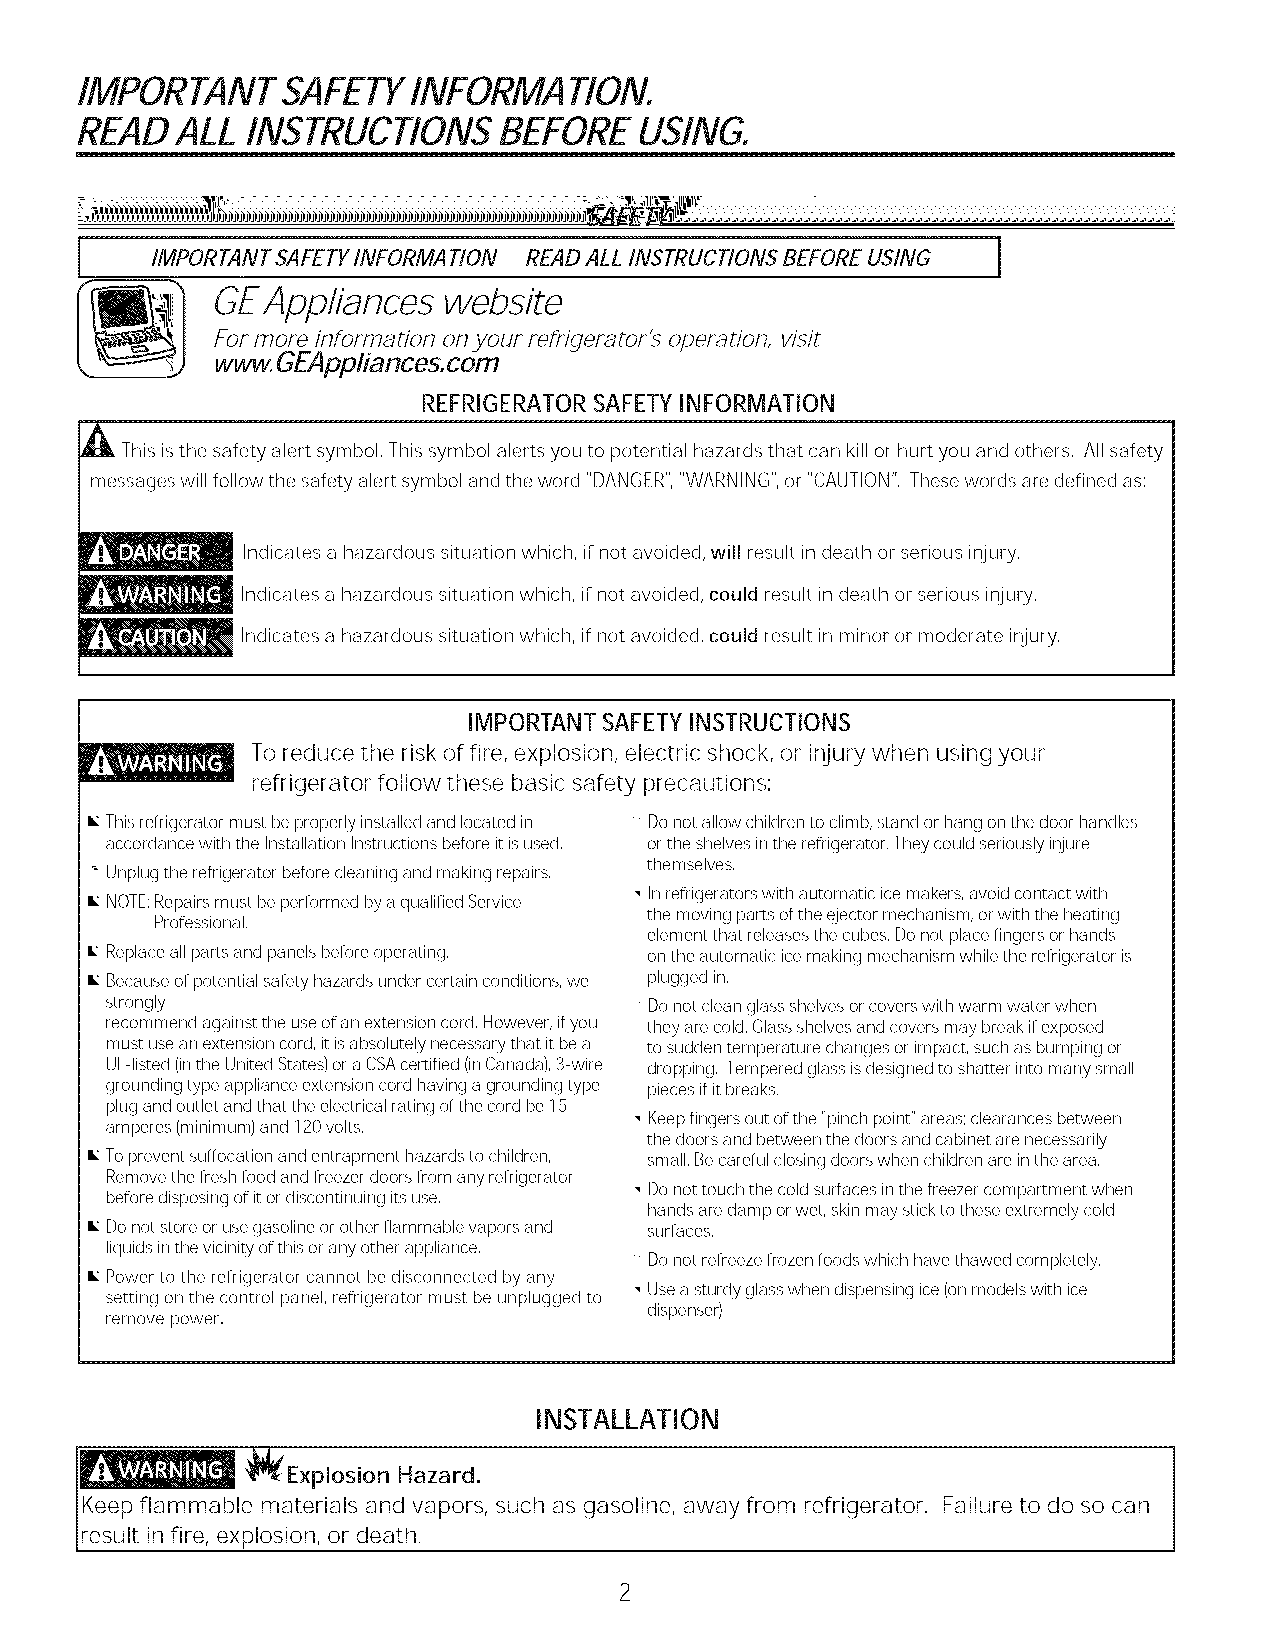
IMPORTANT     SAFETYINFORMATION.
 READALL    INSTRUCTIONSBEFOREUSING.
 1
 l    IMPORTANT SAFETYINFORMATION READ ALL INSTRUCTIONS BEFORE USING
 FGorEmAorpepilnifaornmactieons owneyobursitreefrigerator's operation, visit
 ........www,GEAppliances. corn
 REFRIGERATOR SAFETYINFORMATION
 _This isthe safety alert symbol, This symbol alerts you to potential hazards that can kill or hurt you and others, All safety
 messages will follow the safety alert symbol and the word "DANGER","WARNING",or "CAUTION", These words are defined as;
 Indicates a hazardous situation which, if not avoided, will result indeath or serious injury,
 Indicates a hazardous situation which, if not avoided, could result indeath or serious injury,
 Indicates a hazardous situation which, if not avoided, could result in minor or moderate injury,
 IMPORTANT SAFETY INSTRUCTIONS
 To reduce the risk of fire, explosion, electric shock, or injury when using your
 refrigerator follow these basic safety precautions:
 This refrigerator must be properly installed and located in Do not allow children to climb, stand or hang on the door handles
 accordance with the Installation Instructions before itisused, orthe shelves inthe refrigerator. They could seriously ir)jure
 themselves.
 Unplug the refrigerator before cleaning and making repairs,
 Inrefrigerators with automatic ice makers, avoid contact with
 NOTE;Repairs must be performed bya qualified Service
 Professional,                    the moving parts of the ejector mechanism, or with the heating
 element that releases the cubes, Do not place fingers orhands
 Replace all parts and panels before operating, on the automatic ice making mechanism while the refrigerator is
 Because of potential safety hazards under certain conditions, we plugged in,
 strongly                            Do not clean glass shelves orcovers with warm water when
 recommend against the useof an extension cord, However, ifyou they are cold, Glass shelves and covers may break ifexposed
 must use an extension cord, itisabsolutely necessary that itbe a to sudden temperature changes or impact, such as bumping or
 UL-listed (inthe United States) or a CSAcertified (inCanada), 3-wire dropping, Tempered glass isdesigned to shatter into many small
 grounding type appliance extension cord having a grounding type pieces ifitbreaks,
 plug and outlet and that the electrical rating of the cord be 15
 Keep fingers out of the "pinch point" areas; clearances between
 amperes (minimum) and 120 volts,
 the doors and between the doors and cabinet are necessarily
 Toprevent suffocation and entrapment hazards to children, small, Be careful closing doors when children are inthe area,
 Remove the flesh food and freezer doors from any refrigerator
 Do not touch the cold surfaces inthe freezer compartment when
 before disposing of it ordiscontinuing its use,
 hands are damp or wet, skin may stick to these extremely cold
 Do not store or usegasoline or other flammable vapors and surfaces,
 liquids inthe vicinity of this orany other appliance,
 i Do not refreeze frozen foods which have thawed completely,
 Power to the refrigerator cannot be disconnected by any
 Usea sturdy glass when dispensing ice (onmodels with ice
 setting on the control panel, refrigerator must be unplugged to
 dispenser)
 remove power.
 INSTALLATION
 _Explosion Hazard.
 Keep flammable materials and vapors, such as gasoline, away from refrigerator. Failure to do so can
 result in fire, explosion, or death.